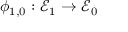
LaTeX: \phi _ { 1 , 0 } : { \mathcal { E } } _ { 1 } \to { \mathcal { E } } _ { 0 }